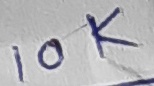
Text: 10K